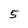
Character: 5